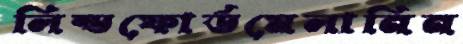
লিন্ডফোর্ডমেলানিন